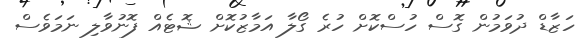
ހަޒާޑް ދުވަމުން ގޮސް ހުސްކޮށް ހުރެ ގޯލާ އަމާޒުކޮށް ޝޮޓެއް ފޮނުވާލި ނަމަވެސް